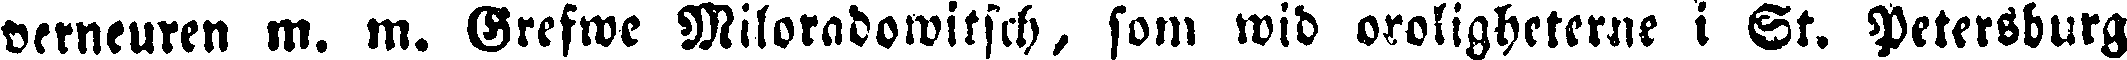
veneuren m. m. Grefwe Miloradowitsch, som wid oroligheterne i St. Petersburg